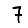
Digit: 7